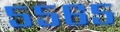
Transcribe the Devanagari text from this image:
५५६५